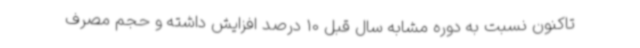
تاکنون نسبت به دوره مشابه سال قبل 10 درصد افزایش داشته و حجم مصرف